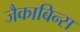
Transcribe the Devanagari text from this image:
जैकाबिन्स